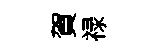
賀禄